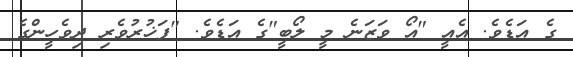
ގެ އަޑެވެ. އެއީ "އޯ ވަޒަނެ މީ ލޯބީ"ގެ އަޑެވެ. "ފަޚުރުވެރި ދިވެހީންގެ